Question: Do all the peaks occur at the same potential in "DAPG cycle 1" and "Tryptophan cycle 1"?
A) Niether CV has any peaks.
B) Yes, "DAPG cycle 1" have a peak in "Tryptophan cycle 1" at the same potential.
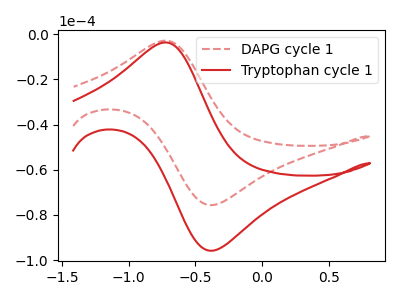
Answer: <think>The red dashed curve "DAPG cycle 1" has an anodic peak at (-0.70V, -2.95uA) and a cathodic peak at (-0.35V, -75.60uA). The red curve "Tryptophan cycle 1" has an anodic peak at (-0.70V, -3.70uA) and a cathodic peak at (-0.35V, -95.75uA).</think>
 <answer>B) Yes, "DAPG cycle 1" have a peak in "Tryptophan cycle 1" at the same potential.</answer>
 <eval>B</eval>